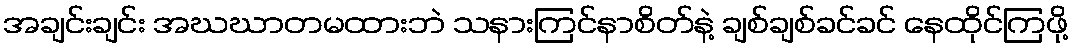
အချင်းချင်း အဃဃာတမထားဘဲ သနားကြင်နာစိတ်နဲ့ ချစ်ချစ်ခင်ခင် နေထိုင်ကြဖို့